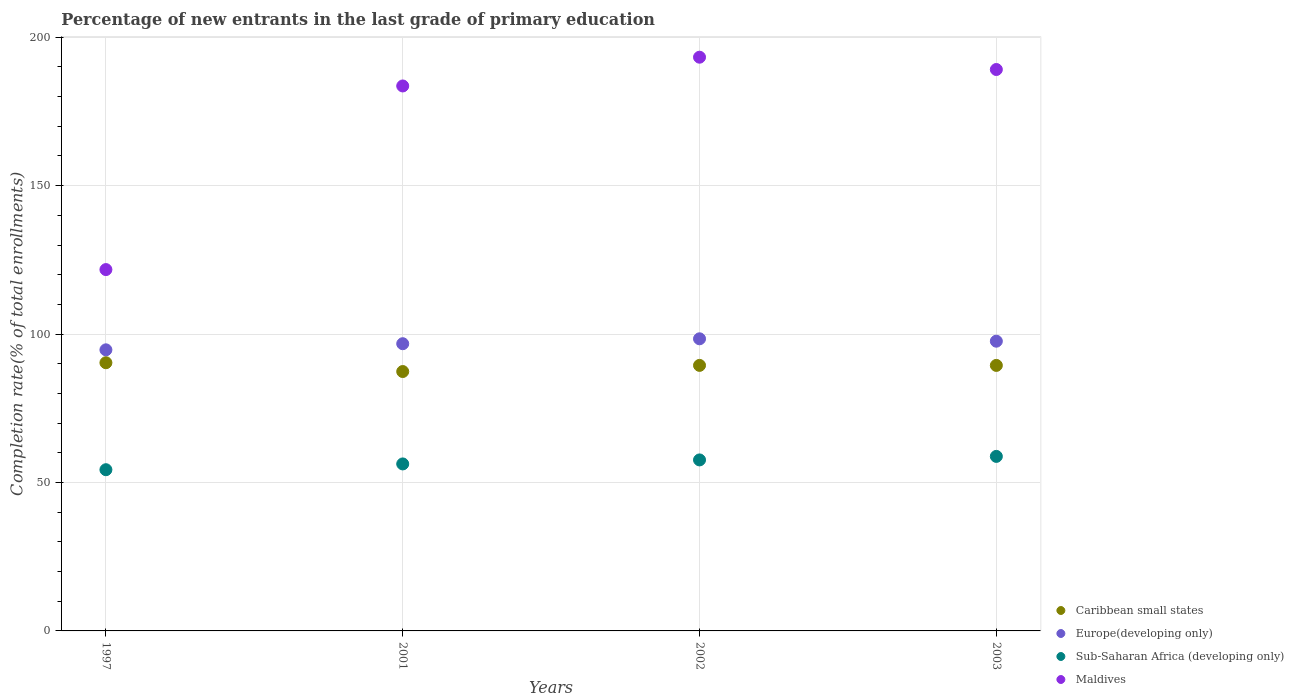
| Years | Caribbean small states | Europe(developing only) | Sub-Saharan Africa (developing only) | Maldives |
 | --- | --- | --- | --- | --- |
 | 1997 | 90.3 | 94.7 | 54.3 | 122 |
 | 2001 | 87.4 | 96.7 | 56.3 | 184 |
 | 2002 | 89.4 | 98.4 | 57.6 | 193 |
 | 2003 | 89.4 | 97.6 | 58.8 | 189 |